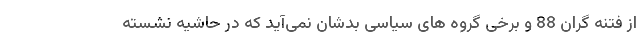
از فتنه گران 88 و برخی گروه های سیاسی بدشان نمی‌آید که در حاشیه نشسته